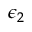
\epsilon _ { 2 }